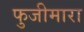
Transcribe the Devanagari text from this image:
फुजीमारा